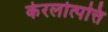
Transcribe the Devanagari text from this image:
केरलोत्पत्ति